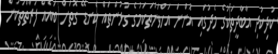
ކުދިކުދި އާބާދީތަކުގެ މެދުގައި އޮންނަ އަހްވަންތަކަމުގެ ގުޅުންތައް ކެނޑޭ ގޮތަށް ބައެއް ފަރާތްތަކުން